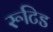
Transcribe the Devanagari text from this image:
रूटिड